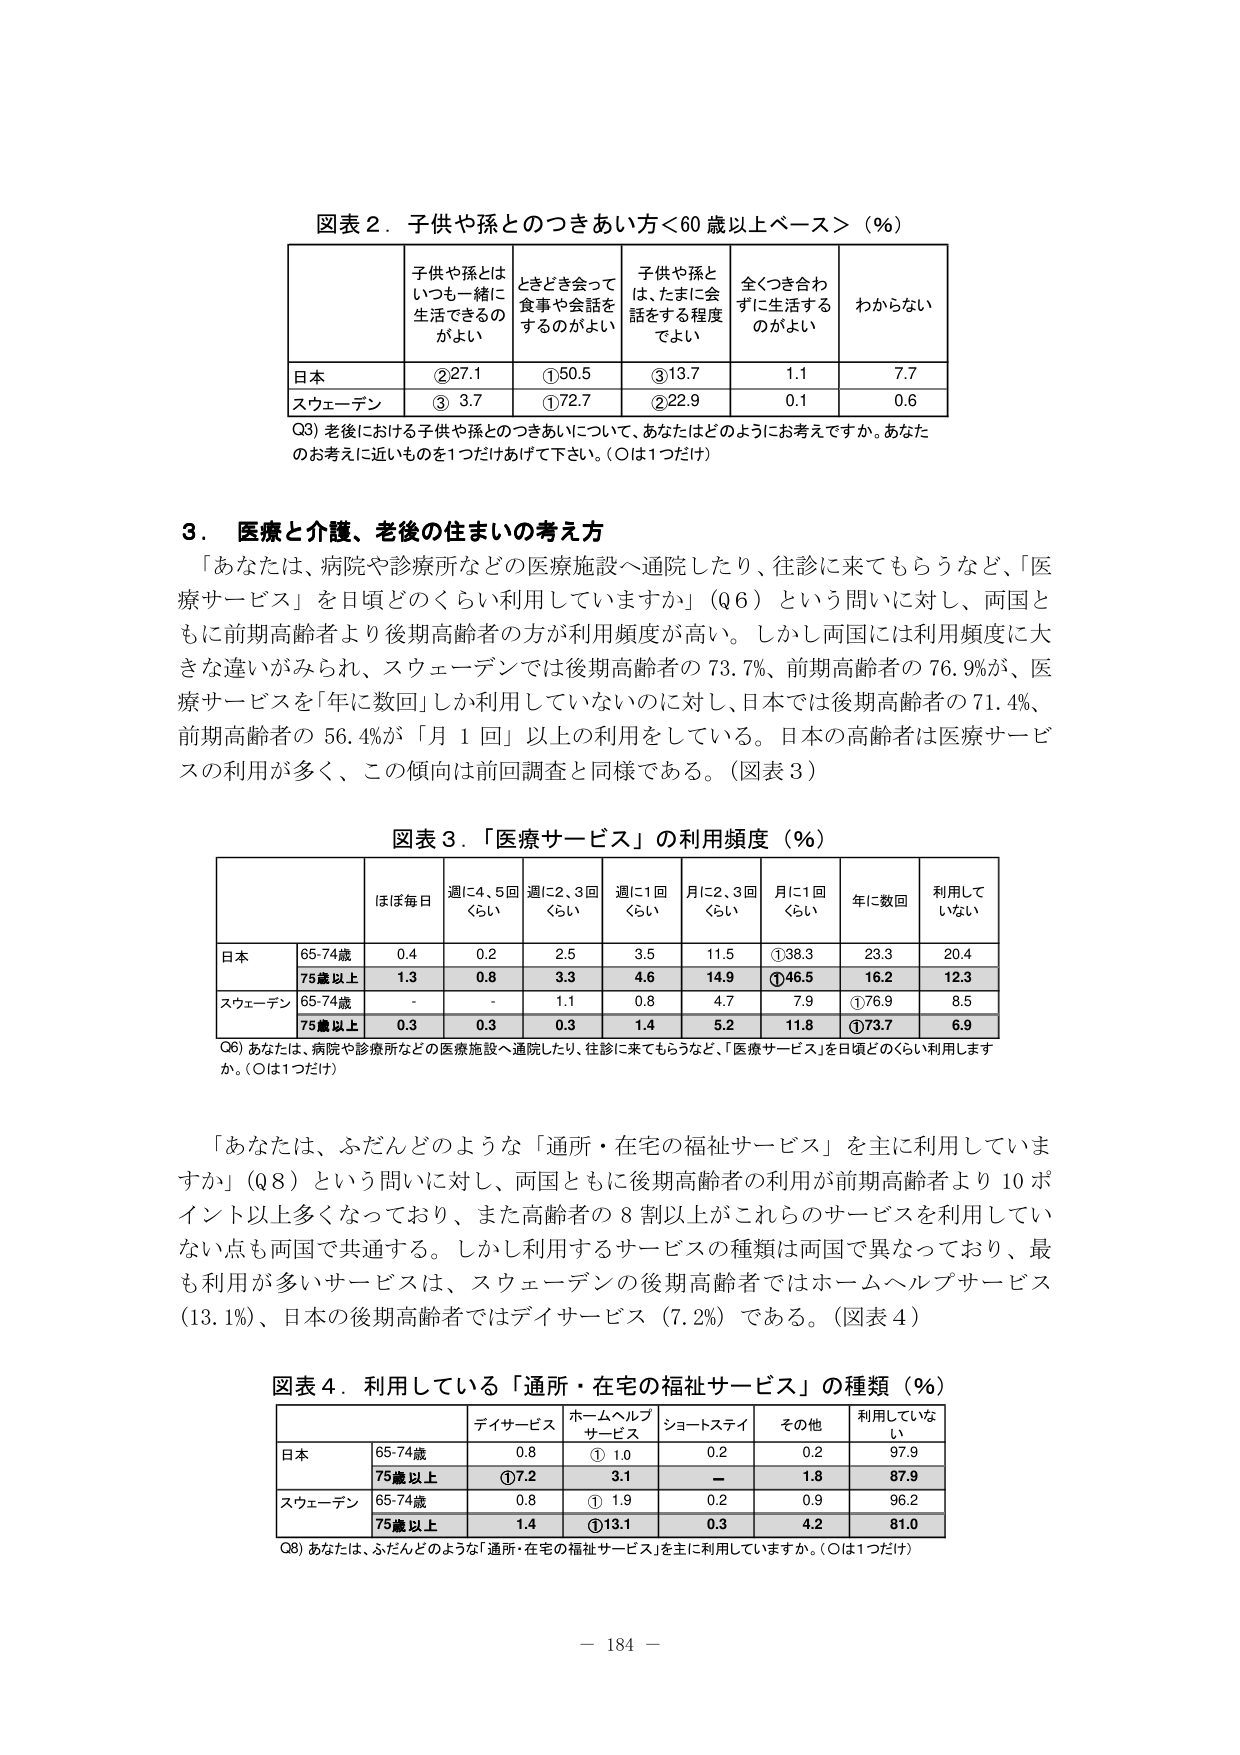
図表２．子供や孫とのつきあい方＜60歳以上ベース＞（％）

子供や孫とは
いつも一緒に
生活できるの
がよい

ときどき会って
食事や会話を
するのがよい

子供や孫と
は、たまに会
話をする程度
でよい

全くつき合わ
ずに生活する
のがよい

わからない

日本
②27.1
①50.5
③13.7
1.1
7.7

スウェーデン
③ 3.7
①72.7
②22.9
0.1
0.6

Q3) 老後における子供や孫とのつきあいについて、あなたはどのようにお考えですか。あなた
のお考えに近いものを1つだけあげて下さい。（○は1つだけ）

３．医療と介護、老後の住まいの考え方

「あなたは、病院や診療所などの医療施設へ通院したり、往診に来てもらうなど、「医
療サービス」を日頃どのくらい利用していますか」（Q6）という問いに対し、両国と
もに前期高齢者より後期高齢者の方が利用頻度が高い。しかし両国には利用頻度に大
きな違いがみられ、スウェーデンでは後期高齢者の73.7％、前期高齢者の76.9％が、医
療サービスを「年に数回」しか利用していないのに対し、日本では後期高齢者の71.4％、
前期高齢者の56.4％が「月1回」以上の利用をしている。日本の高齢者は医療サービ
スの利用が多く、この傾向は前回調査と同様である。（図表3）

図表3．「医療サービス」の利用頻度（％）

ほぼ毎日
週に4、5回
くらい
週に2、3回
くらい
週に1回
くらい
月に2、3回
くらい
月に1回
くらい
年に数回
利用して
いない

日本
65-74歳
0.4
0.2
2.5
3.5
11.5
①38.3
23.3
20.4

75歳以上
1.3
0.8
3.3
4.6
14.9
①46.5
16.2
12.3

スウェーデン
65-74歳
-
-
1.1
0.8
4.7
7.9
①76.9
8.5

75歳以上
0.3
0.3
0.3
1.4
5.2
11.8
①73.7
6.9

Q6) あなたは、病院や診療所などの医療施設へ通院したり、往診に来てもらうなど、「医療サービス」を日頃どのくらい利用します
か。（○は1つだけ）

「あなたは、ふだんどのような「通所・在宅の福祉サービス」を主に利用していま
すか」（Q8）という問いに対し、両国ともに後期高齢者の利用が前期高齢者より10ポ
イント以上多くなっており、また高齢者の8割以上がこれらのサービスを利用してい
ない点も両国で共通する。しかし利用するサービスの種類は両国で異なっており、最
も利用が多いサービスは、スウェーデンの後期高齢者ではホームヘルプサービス
（13.1％）、日本の後期高齢者ではデイサービス（7.2％）である。（図表4）

図表4．利用している「通所・在宅の福祉サービス」の種類（％）

デイサービス
ホームヘルプ
サービス
ショートステイ
その他
利用していな
い

日本
65-74歳
0.8
① 1.0
0.2
0.2
97.9

75歳以上
①7.2
3.1
—
1.8
87.9

スウェーデン
65-74歳
0.8
① 1.9
0.2
0.9
96.2

75歳以上
1.4
①13.1
0.3
4.2
81.0

Q8) あなたは、ふだんどのような「通所・在宅の福祉サービス」を主に利用していますか。（○は1つだけ）

－ 184 －